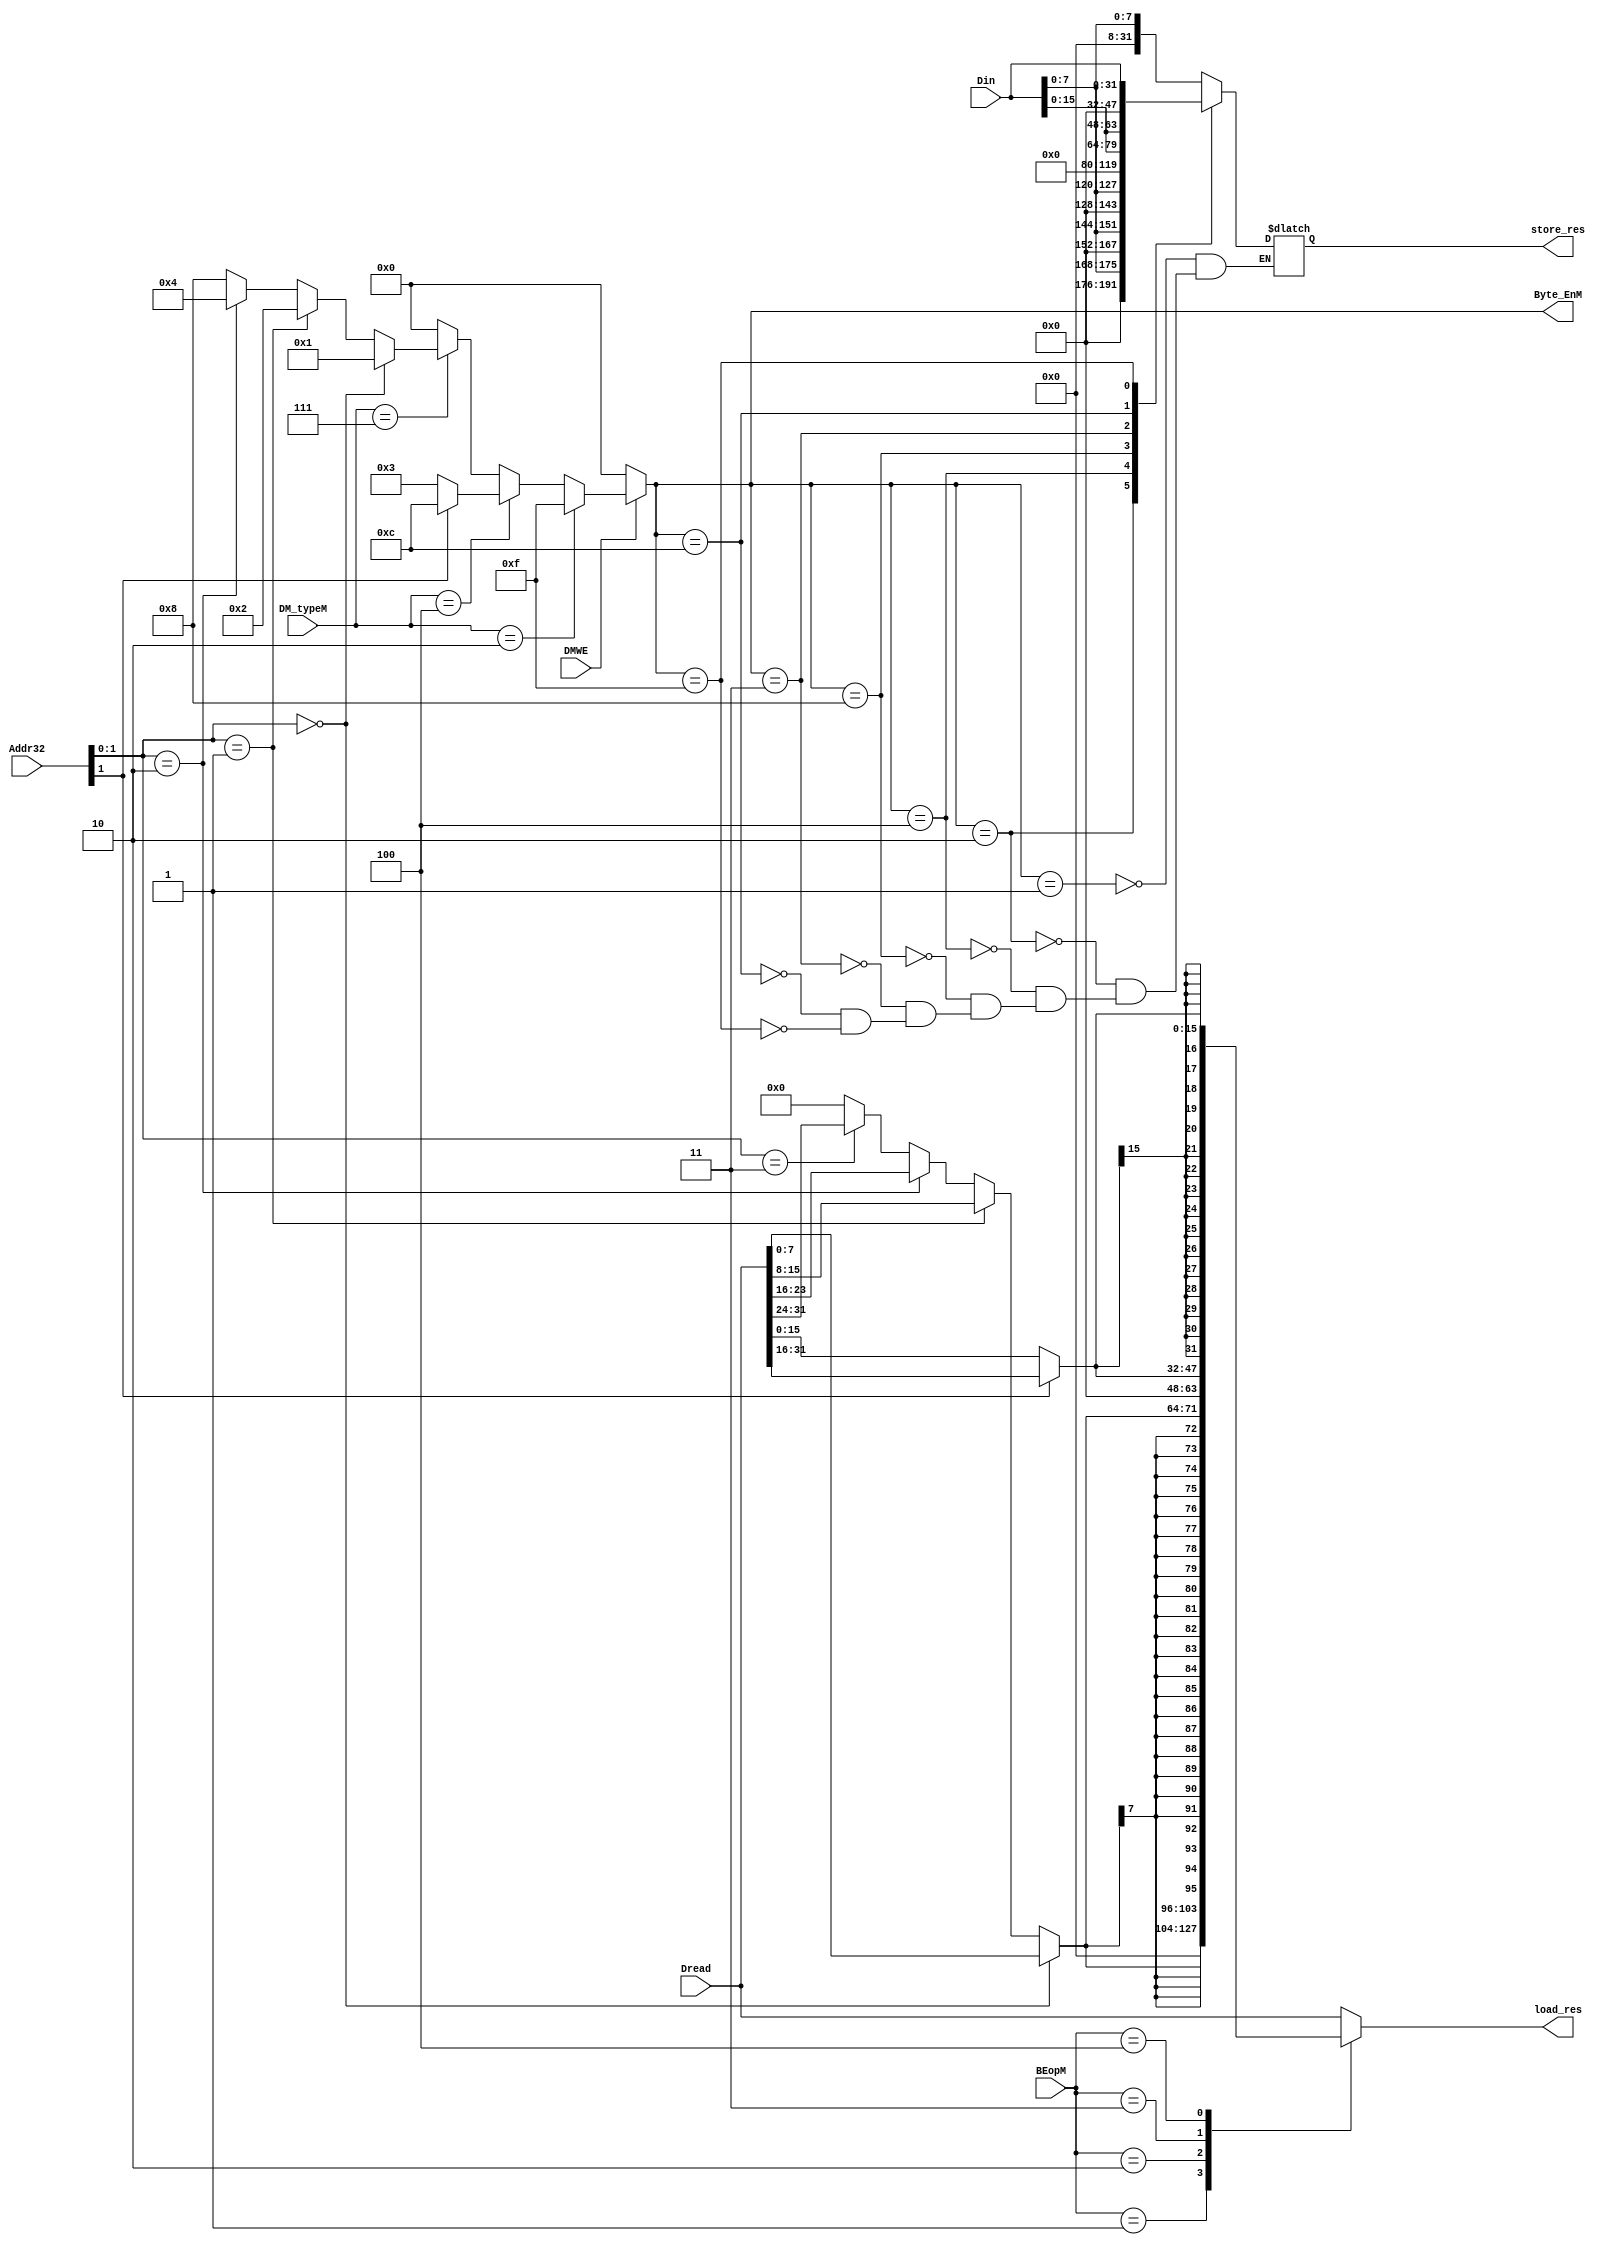
`timescale 1ns / 1ps
//////////////////////////////////////////////////////////////////////////////////
// Company: 
// Engineer: 
// 
// Design Name: 
// Module Name:    BE 
// Project Name: 
// Target Devices: 
// Tool versions: 
// Description: 
//
// Dependencies: 
//
// Revision: 
// Revision 0.01 - File Created
// Additional Comments: 
//
//////////////////////////////////////////////////////////////////////////////////
module BE(
	 /*input AdEM,
	 output AdELM,
	 output AdESM,*/
	 input DMWE,
	
	 input [31:0] Addr32,
    //input [1:0] Addr,
    input [31:0] Din,
	 input [31:0] Dread,
    input [2:0] BEopM,
	 input [3:0] DM_typeM,
    output reg [31:0] store_res,
	 output reg [31:0] load_res,
	 output [3:0] Byte_EnM
    );
	 
	wire [1:0] Addr;
	assign Addr = Addr32[1:0];
	
	wire [7:0] B_Load, B_Store;
	wire [15:0] H_Load, H_Store;

	assign Byte_EnM	= 	(!DMWE)			?	4'b0000:
								(DM_typeM == 2)?	4'b1111:
								(DM_typeM == 4)?	((Addr[1] == 0)? 4'b0011: 4'b1100):
								(DM_typeM == 7)?	((Addr == 2'b00)? 4'b0001	:
														 (Addr == 2'b01)? 4'b0010	:
														 (Addr == 2'b10)? 4'b0100	:
																				4'b1000)	:
														4'b0000;
				
	assign B_Store = Din[7:0];
	assign H_Store = Din[15:0];
	
	always @* begin
		case (Byte_EnM)
			4'b0001: store_res = {24'b0, B_Store};
			4'b0010: store_res = {16'b0, B_Store, 8'b0};
			4'b0100: store_res = {8'b0, B_Store, 16'b0};
			4'b1000: store_res = {B_Store, 24'b0};
			4'b0011:	store_res = {16'b0, H_Store};
			4'b1100: store_res = {H_Store, 16'b0};
			4'b1111: store_res = Din;
		endcase
	end
	
	assign B_Load = (Addr == 0)? Dread[7:0]:
						 (Addr == 1)? Dread[15:8]:
						 (Addr == 2)? Dread[23:16]:
						 (Addr == 3)? Dread[31:24]:
										  8'd0;
	assign H_Load = (Addr[1] == 0)? Dread[15:0]:
						 (Addr[1] == 1)? Dread[31:16]:
											  16'd0;
											  
	always @* begin
		case (BEopM)
			3'd1: load_res = {{24{1'b0}}, B_Load};
			3'd2: load_res = {{24{B_Load[7]}}, B_Load};
			3'd3: load_res = {{16{1'b0}}, H_Load};
			3'd4: load_res = {{16{H_Load[15]}}, H_Load};
			default: load_res = Dread;
		endcase
	end
	
endmodule

	/*assign Store =	(DM_typeM == 2 || DM_typeM == 4 || DM_typeM == 7);
	assign Load	 =	(DM_typeM == 1 || DM_typeM == 3 || DM_typeM == 5 || DM_typeM == 6 || DM_typeM == 8);
	
	assign Word = 	(DM_typeM == 1 || DM_typeM == 2); 
	assign Half = 	(DM_typeM == 3 || DM_typeM == 4 || DM_typeM == 5);
	assign Byte = 	(DM_typeM == 6 || DM_typeM == 7 || DM_typeM == 8);
	
	assign NotAlign = (Word && (| Addr)) || (Half && Addr[0]);
	assign UseTimer = (Addr32 >= 32'h0000_7f00 && (Byte || Half));
	assign Overflow = AdEM;
	assign StoreinCount 	= 	(Addr32 >= 32'h0000_7f08 && Addr32 <= 32'h0000_7f0b) ||
									(Addr32 >= 32'h0000_7f18 && Addr32 <= 32'h0000_7f1b);
	assign OutofRange 	=	!( ((Addr32 >= 32'h0000_0000) && (Addr32 <= 32'h0000_2fff)) ||
										((Addr32 >= 32'h0000_7f00) && (Addr32 <= 32'h0000_7f0b)) ||
										((Addr32 >= 32'h0000_7f10) && (Addr32 <= 32'h0000_7f1b))	);
	
	assign AdELM =	Load && (NotAlign || UseTimer || Overflow || OutofRange);
	assign AdESM =	Store && (NotAlign || UseTimer || Overflow || StoreinCount || OutofRange);	 	
	*/